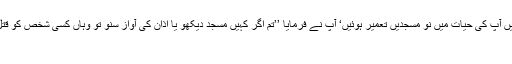
مدینہ کی حدود میں آپ کی حیات میں نو مسجدیں تعمیر ہوئیں‘ آپؐ نے فرمایا ’’تم اگر کہیں مسجد دیکھو یا اذان کی آواز سنو تو وہاں کسی شخص کو قتل نہ کرو‘‘ یہ ہے
شریعت۔